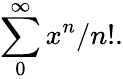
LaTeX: \sum_{0}^{\infty}x^{n}/n!.